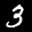
Label: 3